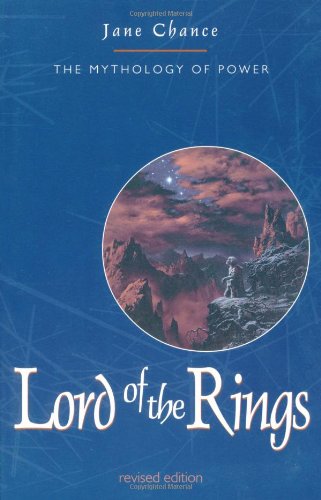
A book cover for Lord of the Rings: The Mythology of Power; Jane Chance; Science Fiction & Fantasy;